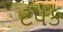
ટપક